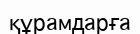
құрамдарға